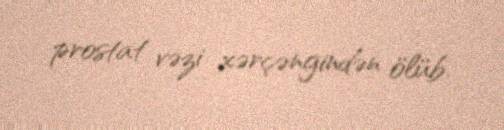
prostat vəzi xərçəngindən ölüb.